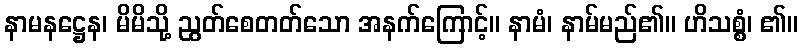
နာမနဋ္ဌေန၊ မိမိသို့ ညွတ်စေတတ်သော အနက်ကြောင့်။ နာမံ၊ နာမ်မည်၏။ ဟိသစ္စံ၊ ၏။